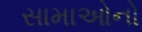
સામાઓનો